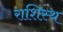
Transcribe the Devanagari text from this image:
राशिस्थ